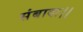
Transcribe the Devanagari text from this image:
संबादा।।